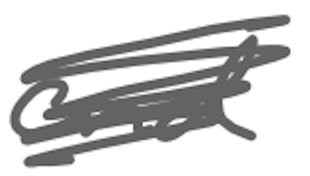
Text: and
Cross-out: scratch
Writing tool: digital_gray